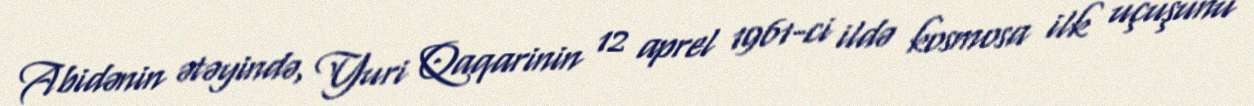
Abidənin ətəyində, Yuri Qaqarinin 12 aprel 1961-ci ildə kosmosa ilk uçuşunu